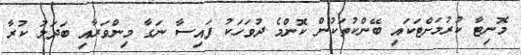
މޮނިޓާ ކުރުމަށްޓަކައި ބޭންކުތަކުން ކޮންމެ ދުވަހަކު ފައިސާ ނަގާ މިންވަރާއި ބަދަލު ކުރާ